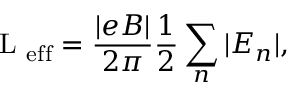
\mathrm { ~ \cal ~ L ~ } _ { \mathrm { e f f } } = \frac { | e B | } { 2 \pi } \frac { 1 } { 2 } \sum _ { n } | E _ { n } | ,